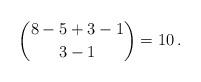
LaTeX: \begin{align*}\binom{8 - 5 + 3 - 1}{3 - 1} = 10\,.\end{align*}